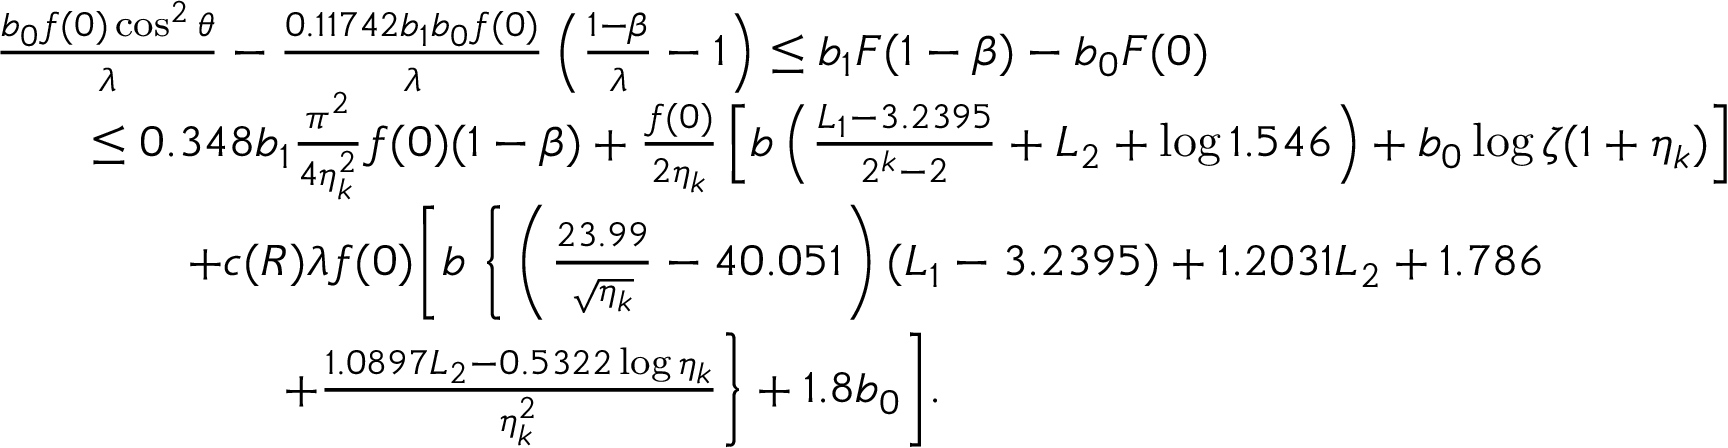
\begin{array} { r l } & { \frac { b _ { 0 } f ( 0 ) \cos ^ { 2 } \theta } { \lambda } - \frac { 0 . 1 1 7 4 2 b _ { 1 } b _ { 0 } f ( 0 ) } { \lambda } \left( \frac { 1 - \beta } { \lambda } - 1 \right) \le b _ { 1 } F ( 1 - \beta ) - b _ { 0 } F ( 0 ) } \\ & { \qquad \le 0 . 3 4 8 b _ { 1 } \frac { \pi ^ { 2 } } { 4 \eta _ { k } ^ { 2 } } f ( 0 ) ( 1 - \beta ) + \frac { f ( 0 ) } { 2 \eta _ { k } } \left[ b \left( \frac { L _ { 1 } - 3 . 2 3 9 5 } { 2 ^ { k } - 2 } + L _ { 2 } + \log 1 . 5 4 6 \right) + b _ { 0 } \log \zeta ( 1 + \eta _ { k } ) \right] } \\ & { \qquad \qquad + c ( R ) \lambda f ( 0 ) \Bigg [ b \; \bigg \{ \left( \frac { 2 3 . 9 9 } { \sqrt { \eta _ { k } } } - 4 0 . 0 5 1 \right) ( L _ { 1 } - 3 . 2 3 9 5 ) + 1 . 2 0 3 1 L _ { 2 } + 1 . 7 8 6 } \\ & { \qquad \qquad \qquad + \frac { 1 . 0 8 9 7 L _ { 2 } - 0 . 5 3 2 2 \log \eta _ { k } } { \eta _ { k } ^ { 2 } } \bigg \} + 1 . 8 b _ { 0 } \Bigg ] . } \end{array}